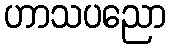
ဟာသပညော